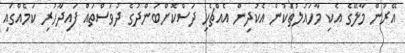
އޭރުން މާލޭގެ އެކި މާހައުލުތަކުން އެކުދިން އެއްޗެހި ދަސްކޮށްބަންދުގެ ދުވަސްތައް ފައިދާހުރި ކަމެއްގައި